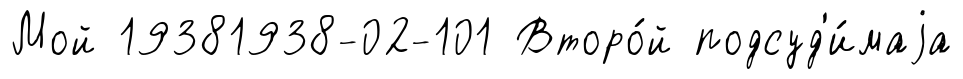
Мой 19381938-02-101 Второ́й подсуд'и́маjа